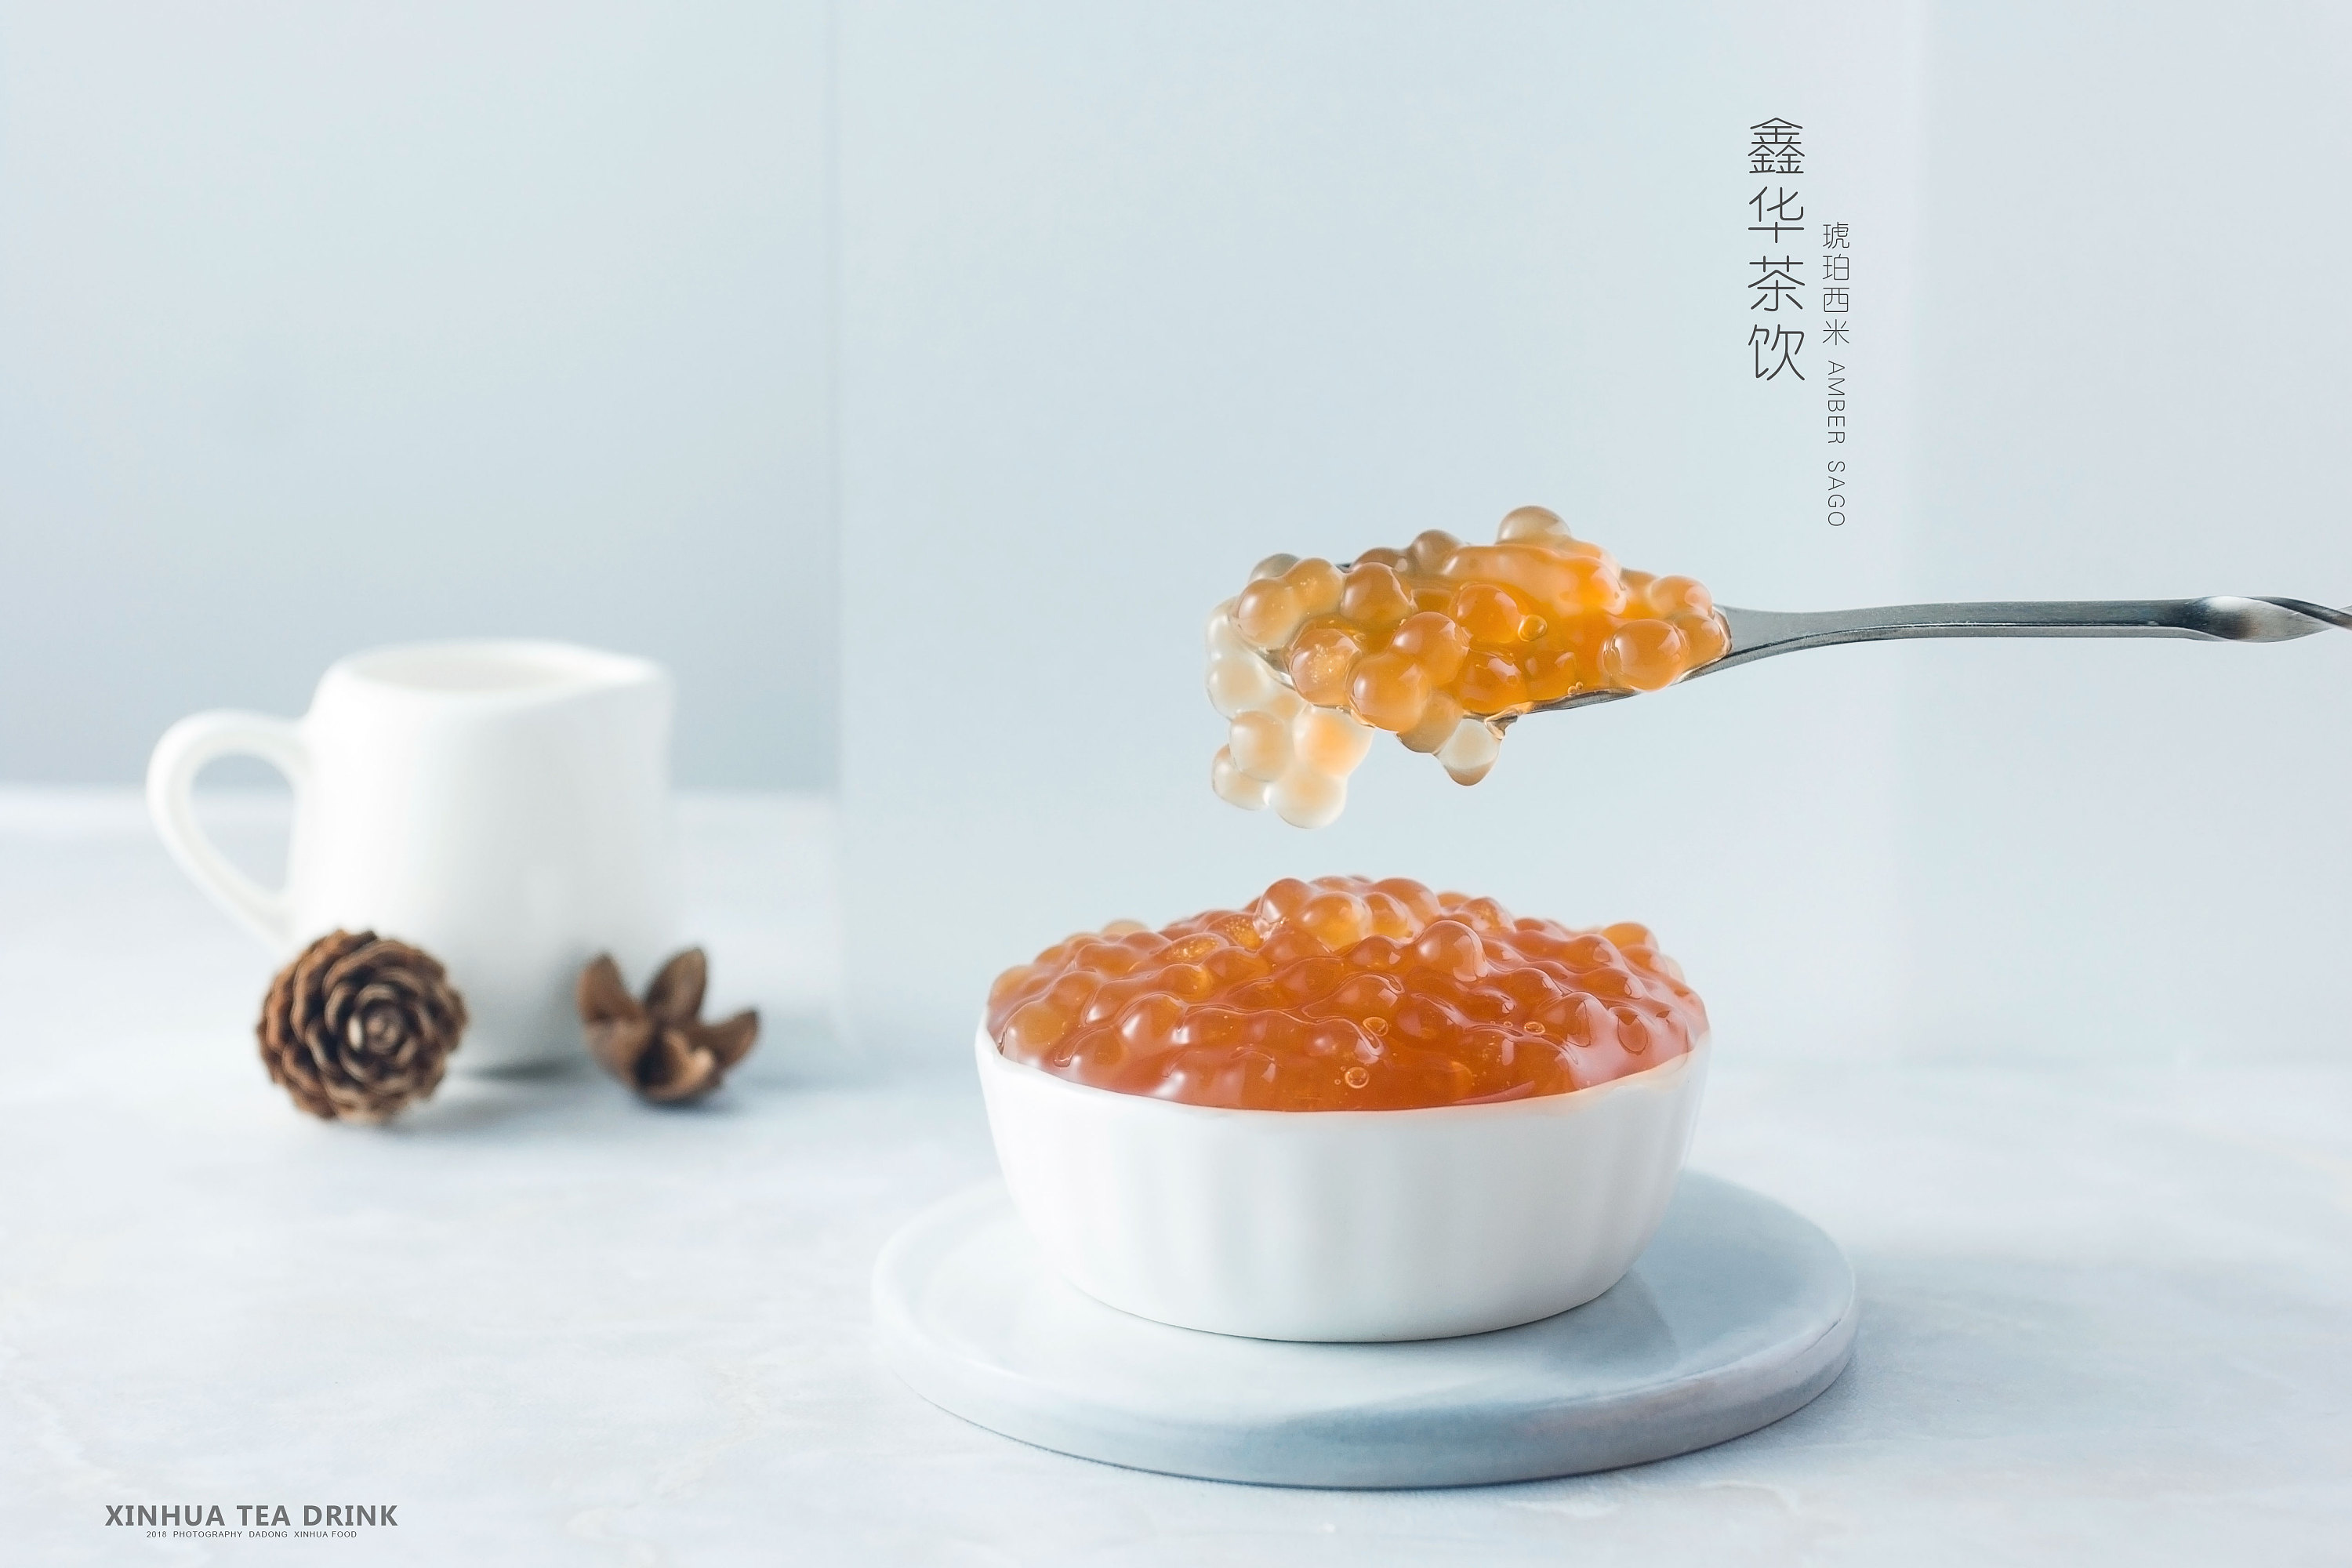
琉璃钟，琥珀浓，小槽酒滴真珠红。